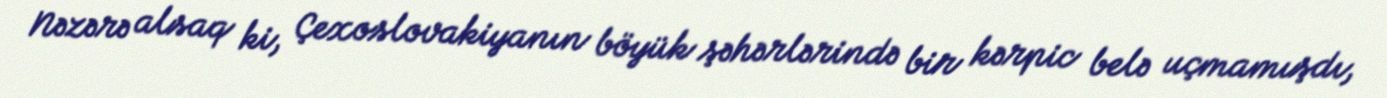
Nəzərə alsaq ki, Çexoslovakiyanın böyük şəhərlərində bir kərpic belə uçmamışdı,